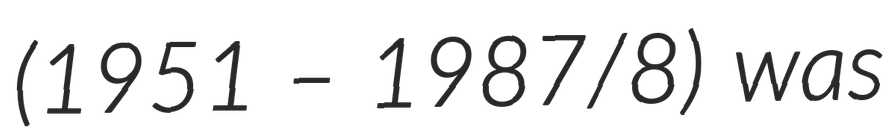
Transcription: (1951 – 1987/8) was